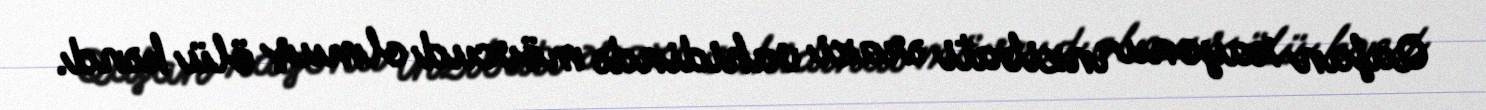
Qafan rayonu inzibati ərazi vahidində mövcud olmuş ölü kənd.